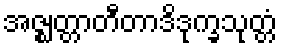
အဇ္ဈတ္တာတီတာဒိဒုက္ခသုတ္တံ